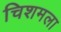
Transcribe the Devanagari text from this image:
चिशमला